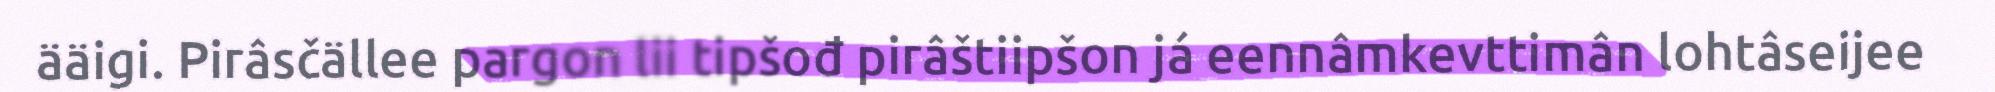
ääigi. Pirâsčällee pargon lii tipšođ pirâštiipšon já eennâmkevttimân lohtâseijee